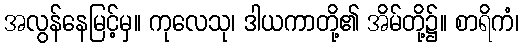
အလွန်နေမြင့်မှ။ ကုလေသု၊ ဒါယကာတို့၏ အိမ်တို့၌။ စာရိကံ၊